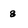
Character: 8